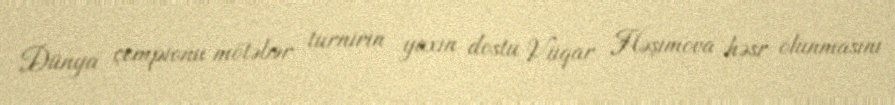
Dünya çempionu mötəbər turnirin yaxın dostu Vüqar Həşimova həsr olunmasını